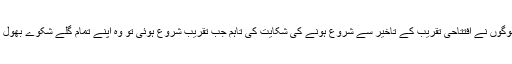
کچھ لوگوں نے افتتاحی تقریب کے تاخیر سے شروع ہونے کی شکایت کی تاہم جب تقریب شروع ہوئی تو وہ اپنے تمام گلے شکوے بھول گئے۔